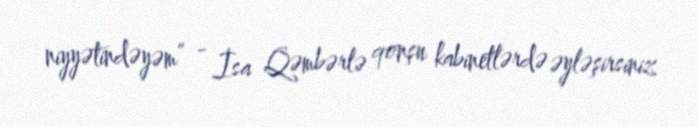
niyyətindəyəm” - İsa Qəmbərlə qonşu kabinetlərdə əyləşirsiniz.